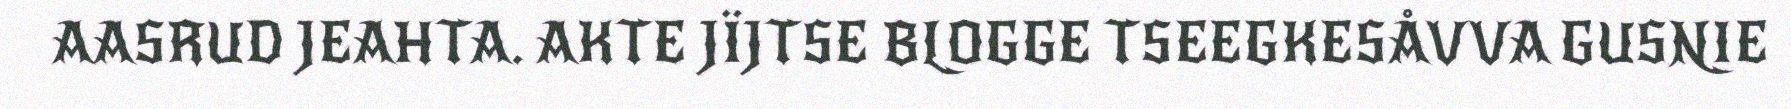
AASRUD JEAHTA. AKTE JÏJTSE BLOGGE TSEEGKESÅVVA GUSNIE